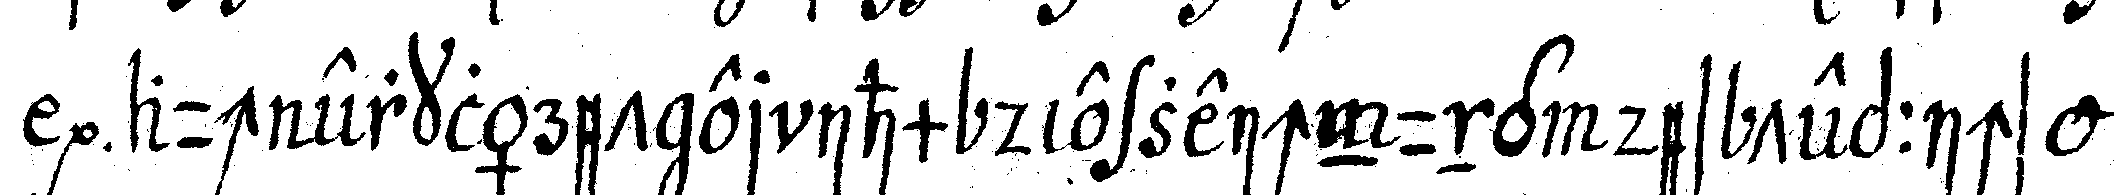
auch erkläret er ihm die zeichnung des teppichs